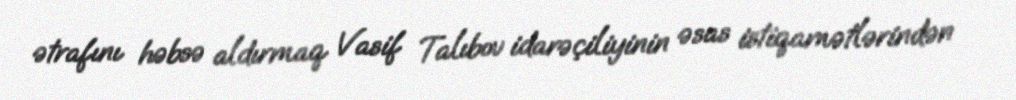
ətrafını həbsə aldırmaq Vasif Talıbov idarəçiliyinin əsas istiqamətlərindən